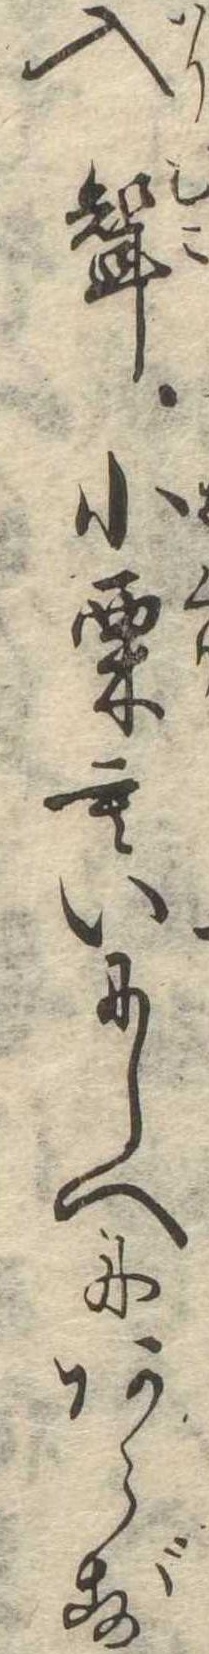
入婿小栗もいにしへにあらず